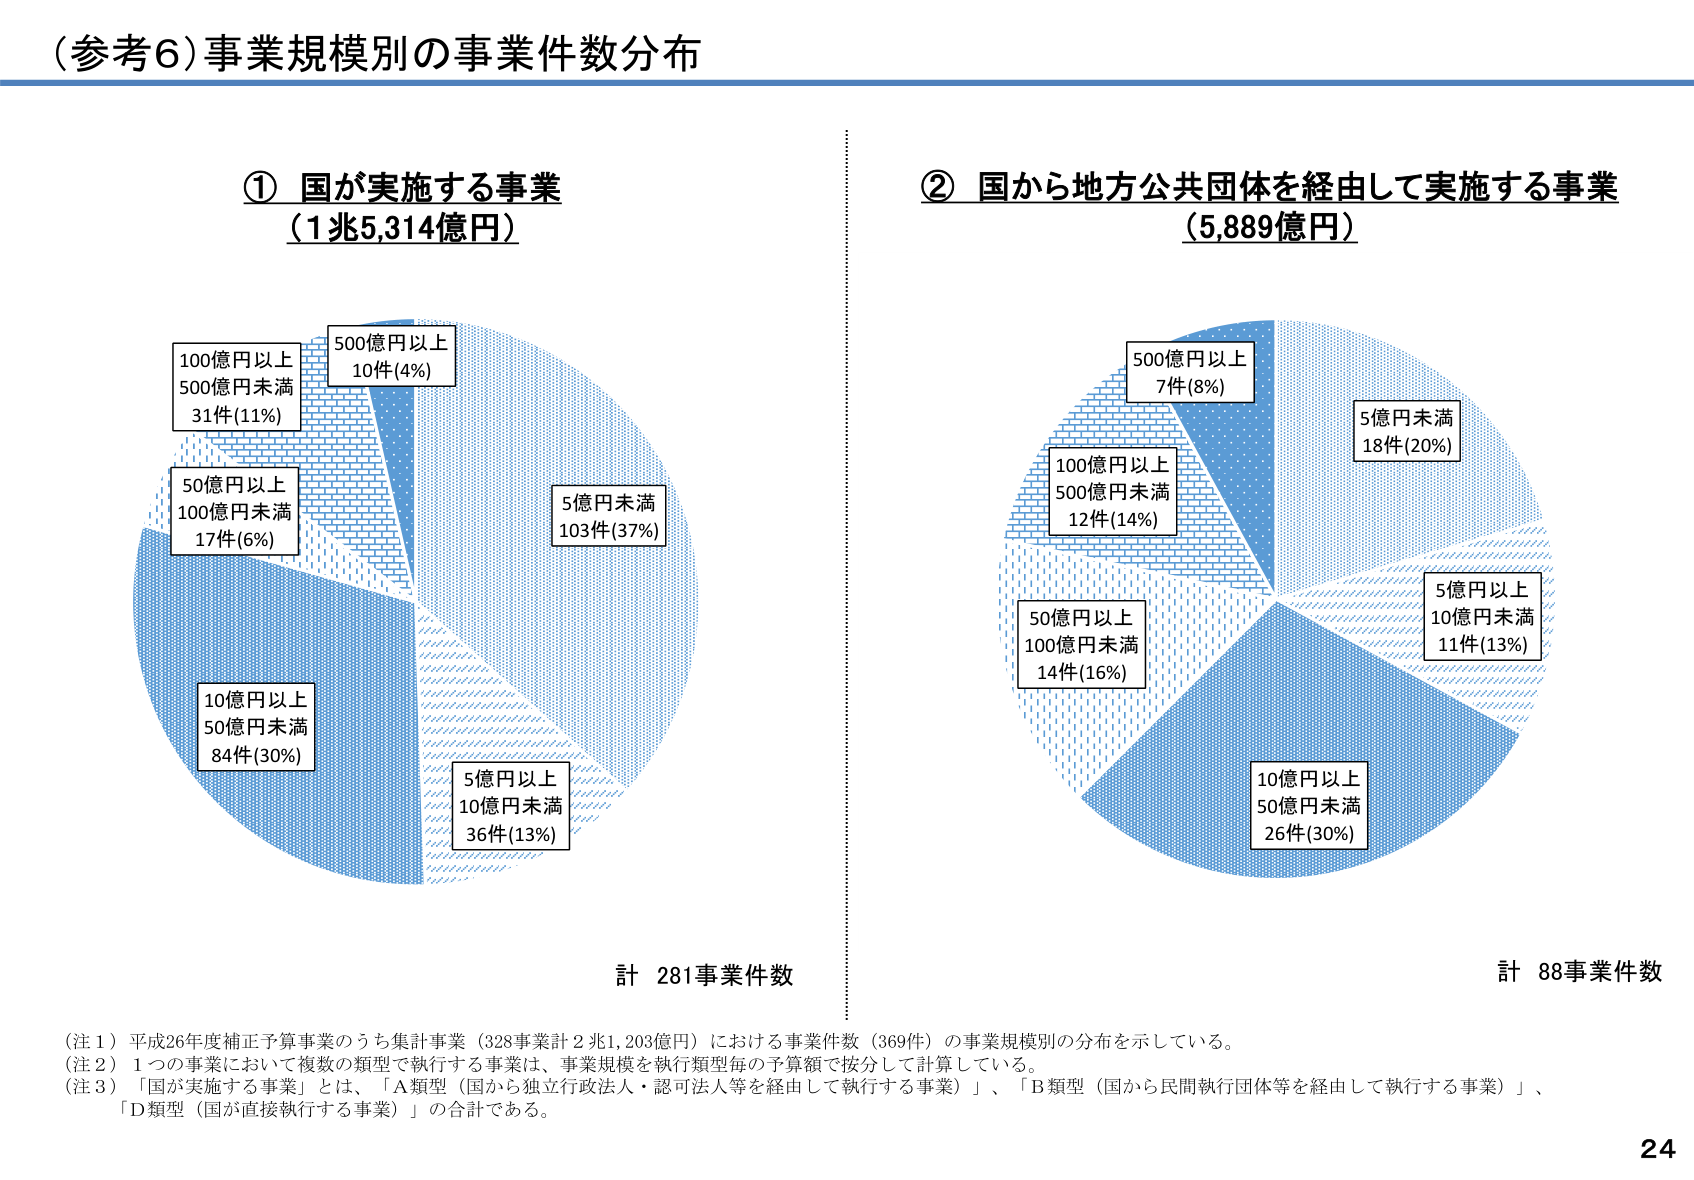
（参考6）事業規模別の事業件数分布

① 国が実施する事業
（1兆5,314億円）

100億円以上
500億円未満
31件(11%)

500億円以上
10件(4%)

5億円未満
103件(37%)

50億円以上
100億円未満
17件(6%)

10億円以上
50億円未満
84件(30%)

5億円以上
10億円未満
36件(13%)

計 281事業件数

② 国から地方公共団体を経由して実施する事業
（5,889億円）

500億円以上
7件(8%)

100億円以上
500億円未満
12件(14%)

50億円以上
100億円未満
14件(16%)

10億円以上
50億円未満
26件(30%)

5億円以上
10億円未満
11件(13%)

5億円未満
18件(20%)

計 88事業件数

（注１）平成26年度補正予算事業のうち集計事業（328事業計2兆1,203億円）における事業件数（369件）の事業規模別の分布を示している。
（注２）1つの事業において複数の類型で執行する事業は、事業規模を執行類型毎の予算額で按分して計算している。
（注３）「国が実施する事業」とは、「A類型（国から独立行政法人・認可法人等を経由して執行する事業）」、「B類型（国から民間執行団体等を経由して執行する事業）」、「D類型（国が直接執行する事業）」の合計である。

24